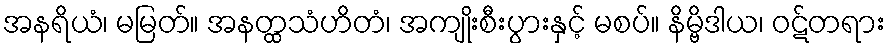
အနရိယံ၊ မမြတ်။ အနတ္ထသံဟိတံ၊ အကျိုးစီးပွားနှင့် မစပ်။ နိမ္ဗိဒါယ၊ ဝဋ်တရား